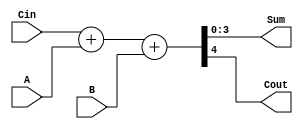
module four_bit_adder(input [3:0] A, B, input Cin, output [3:0] Sum, output Cout);

  reg [3:0] temp;

  assign {Cout, Sum} = Cin + A + B;

endmodule